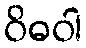
ဝိဓဝါ